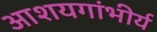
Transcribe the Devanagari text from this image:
आशयगांभीर्य